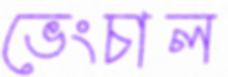
ভেংচাল